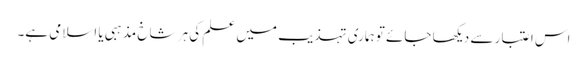
اس اعتبار سے دیکھا جائے تو ہماری تہذیب میں علم کی ہر شاخ مذہبی یا اسلامی ہے۔